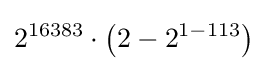
2^{16383}\cdot \left(2-2^{1-113}\right)